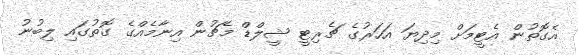
އެގޮތުން އެޓީމަށް މިދިޔަ އަހަރުގެ ޗެރިޓީ ޝީލްޑް މެޗުން އިނާމެއްގެ ގޮތުގައި ލިބުނު